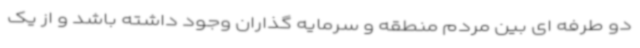
دو طرفه ای بین مردم منطقه و سرمایه گذاران وجود داشته باشد و از یک